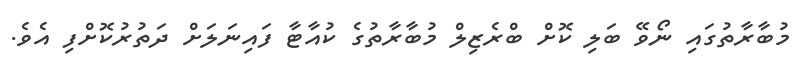
މުބާރާތުގައި ނޯވޭ ބަލި ކޮށް ބްރެޒިލް މުބާރާތުގެ ކުއާޓާ ފައިނަލަށް ދަތުރުކޮށްފި އެވެ.